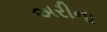
અરીના